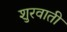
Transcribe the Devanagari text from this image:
शुरवाती